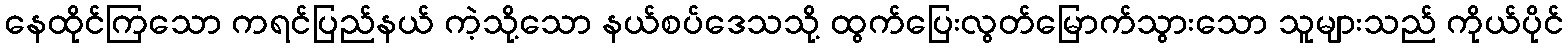
နေထိုင်ကြသော ကရင်ပြည်နယ် ကဲ့သို့သော နယ်စပ်ဒေသသို့ ထွက်ပြေးလွတ်မြောက်သွားသော သူများသည် ကိုယ်ပိုင်